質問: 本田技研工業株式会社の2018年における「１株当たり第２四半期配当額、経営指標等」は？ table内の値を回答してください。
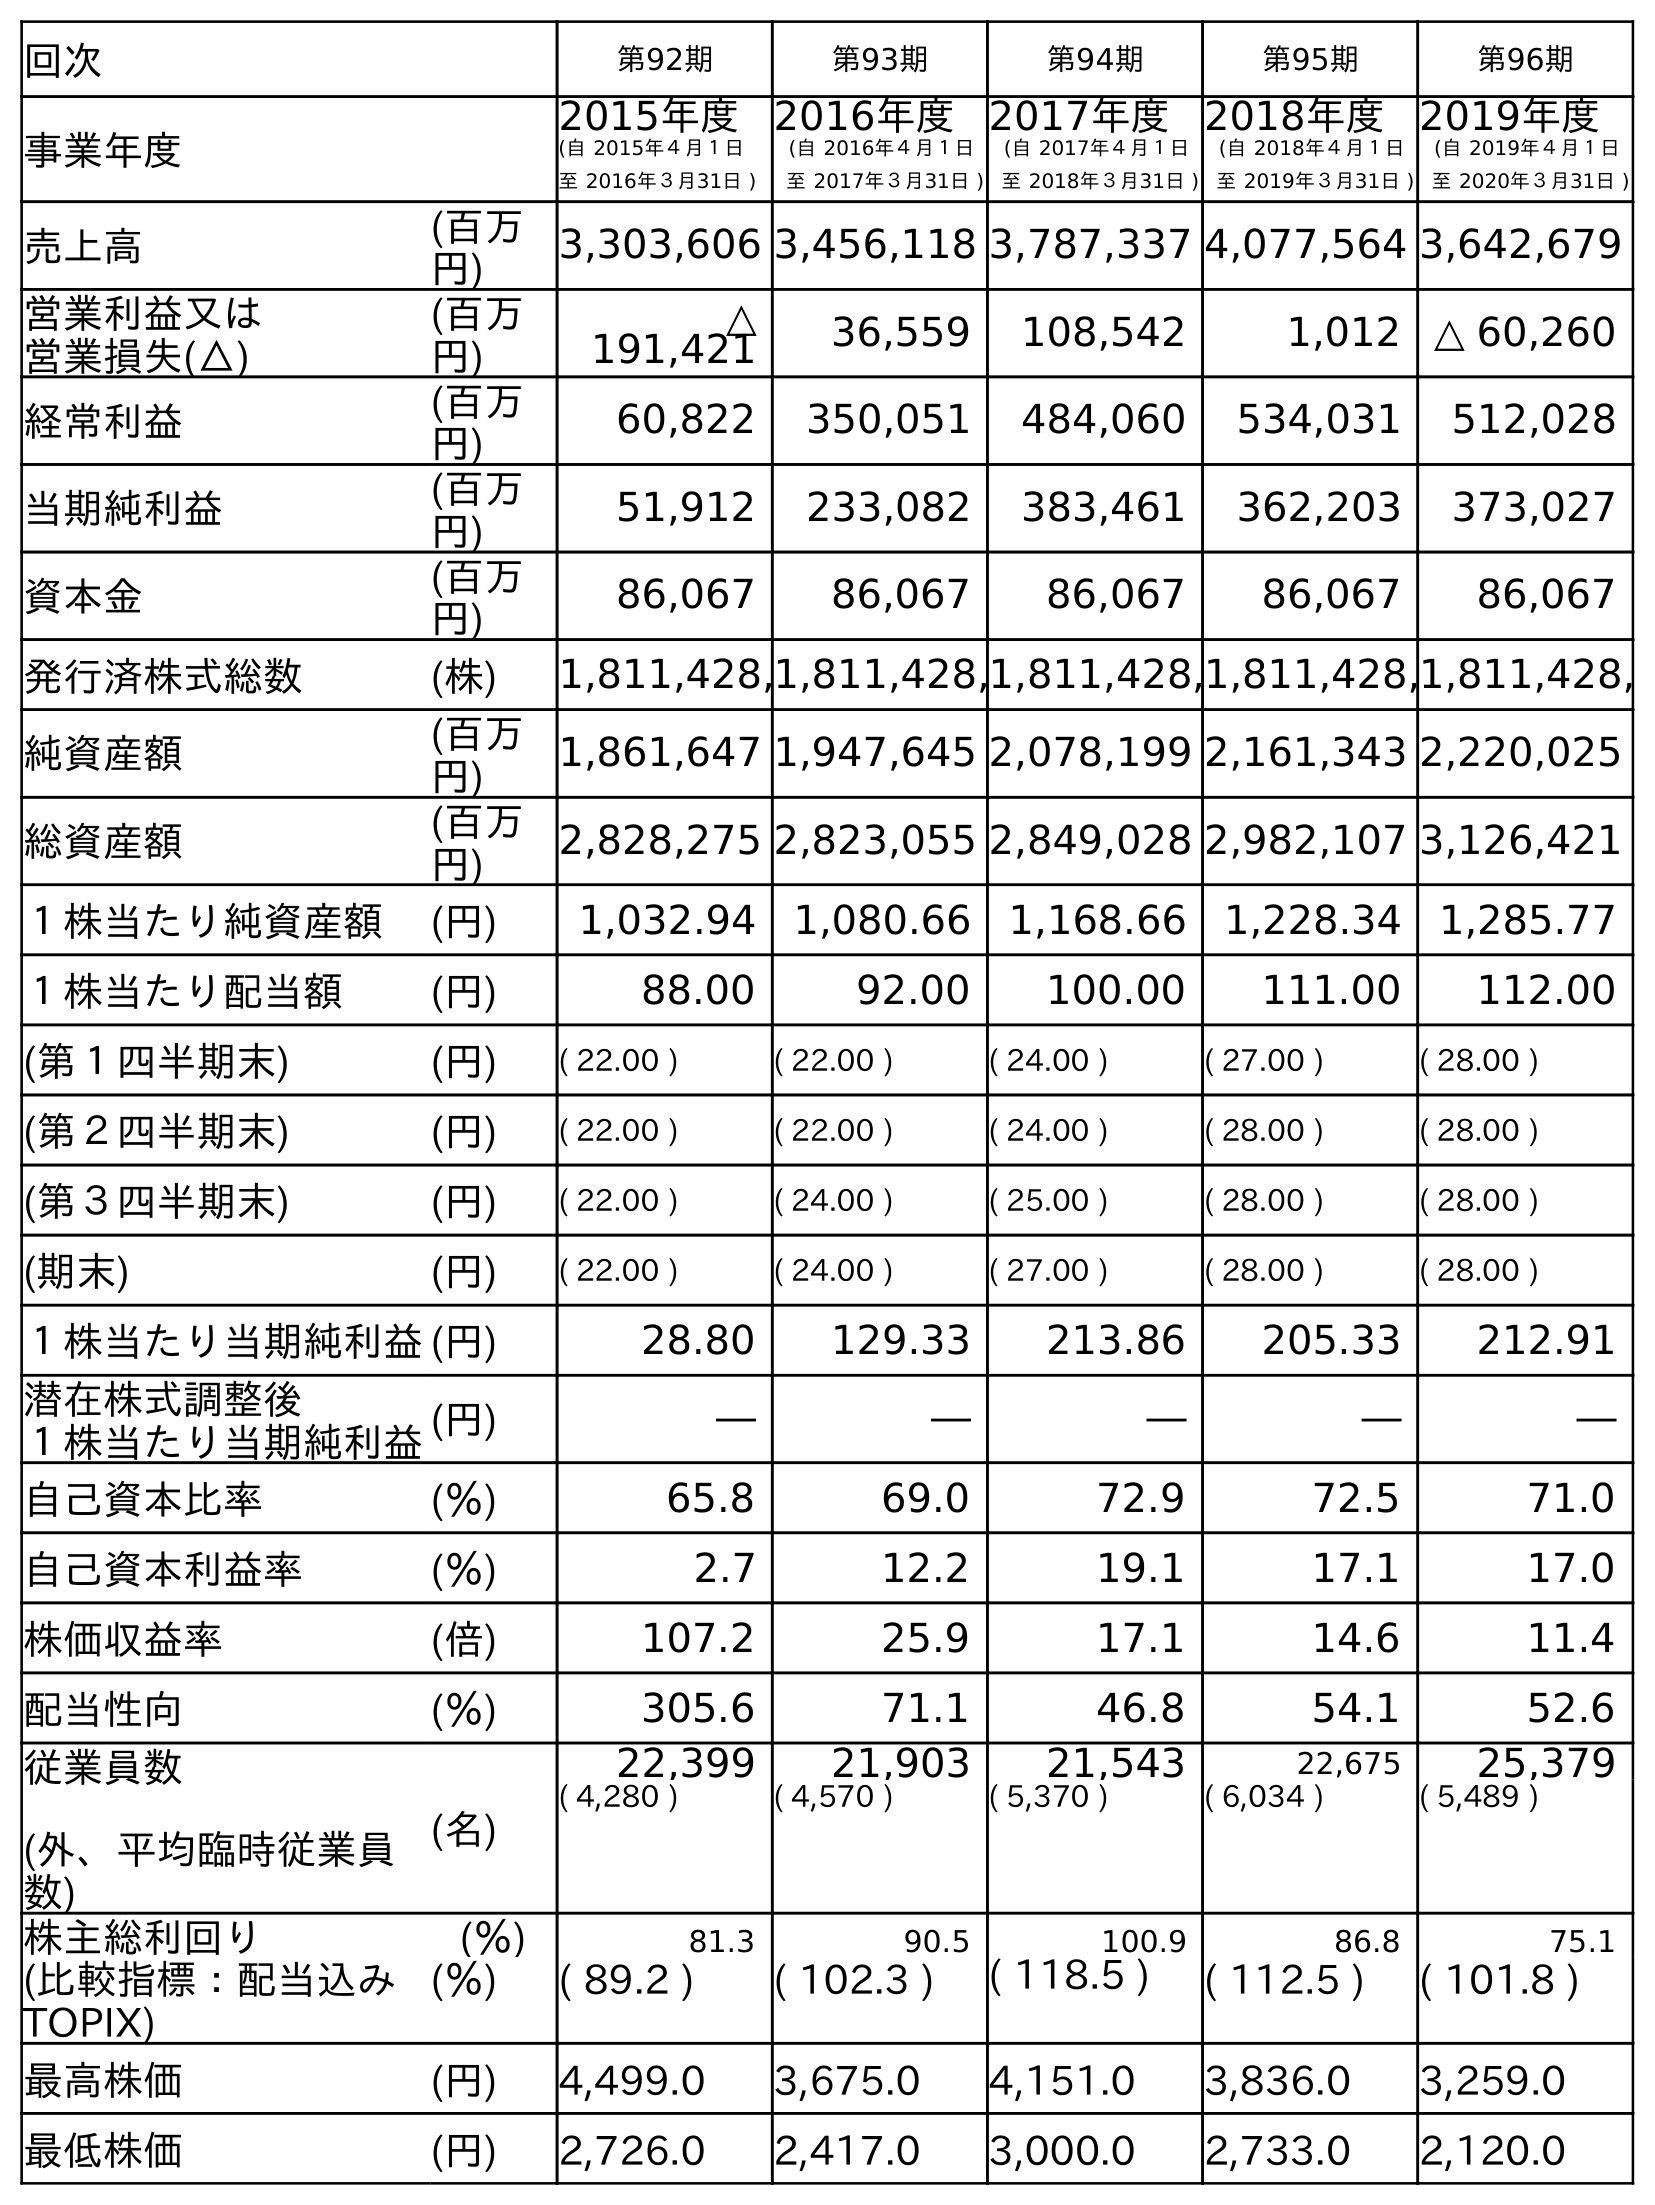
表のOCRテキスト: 回次 第92期 第93期 第94期 第95期 第96期 事業年度 2015年度 (自 2015年４月１日 至 2016年３月31日 ) 2016年度 (自 2016年４月１日 至 2017年３月31日 ) 2017年度 (自 2017年４月１日 至 2018年３月31日 ) 2018年度 (自 2018年４月１日 至 2019年３月31日 ) 2019年度 (自 2019年４月１日 至 2020年３月31日 ) 売上高 (百万 円) 3,303,606 3,456,118 3,787,337 4,077,564 3,642,679 営業利益又は 営業損失(△) (百万 円) △ 191,421 36,559 108,542 1,012 △ 60,260 経常利益 (百万 円) 60,822 350,051 484,060 534,031 512,028 当期純利益 (百万 円) 51,912 233,082 383,461 362,203 373,027 資本金 (百万 円) 86,067 86,067 86,067 86,067 86,067 発行済株式総数 (株) 1,811,428,1,811,428,1,811,428,1,811,428,1,811,428, 純資産額 (百万 円) 1,861,647 1,947,645 2,078,199 2,161,343 2,220,025 総資産額 (百万 円) 2,828,275 2,823,055 2,849,028 2,982,107 3,126,421 １株当たり純資産額 (円) 1,032.94 1,080.66 1,168.66 1,228.34 1,285.77 １株当たり配当額 (円) 88.00 92.00 100.00 111.00 112.00 (第１四半期末) (円) ( 22.00 ) ( 22.00 ) ( 24.00 ) ( 27.00 ) ( 28.00 ) (第２四半期末) (円) ( 22.00 ) ( 22.00 ) ( 24.00 ) ( 28.00 ) ( 28.00 ) (第３四半期末) (円) ( 22.00 ) ( 24.00 ) ( 25.00 ) ( 28.00 ) ( 28.00 ) (期末) (円) ( 22.00 ) ( 24.00 ) ( 27.00 ) ( 28.00 ) ( 28.00 ) １株当たり当期純利益(円) 28.80 129.33 213.86 205.33 212.91 潜在株式調整後 １株当たり当期純利益(円) ― ― ― ― ― 自己資本比率 (％) 65.8 69.0 72.9 72.5 71.0 自己資本利益率 (％) 2.7 12.2 19.1 17.1 17.0 株価収益率 (倍) 107.2 25.9 17.1 14.6 11.4 配当性向 (％) 305.6 71.1 46.8 54.1 52.6 従業員数 (外、平均臨時従業員 数) (名) 22,399 21,903 21,543 22,675 25,379 ( 4,280 ) ( 4,570 ) ( 5,370 ) ( 6,034 ) ( 5,489 ) 株主総利回り (％) 81.3 90.5 100.9 86.8 75.1 (比較指標：配当込み TOPIX) (％) ( 89.2 ) ( 102.3 ) ( 118.5 ) ( 112.5 ) ( 101.8 ) 最高株価 (円) 4,499.0 3,675.0 4,151.0 3,836.0 3,259.0 最低株価 (円) 2,726.0 2,417.0 3,000.0 2,733.0 2,120.0
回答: (24.00)